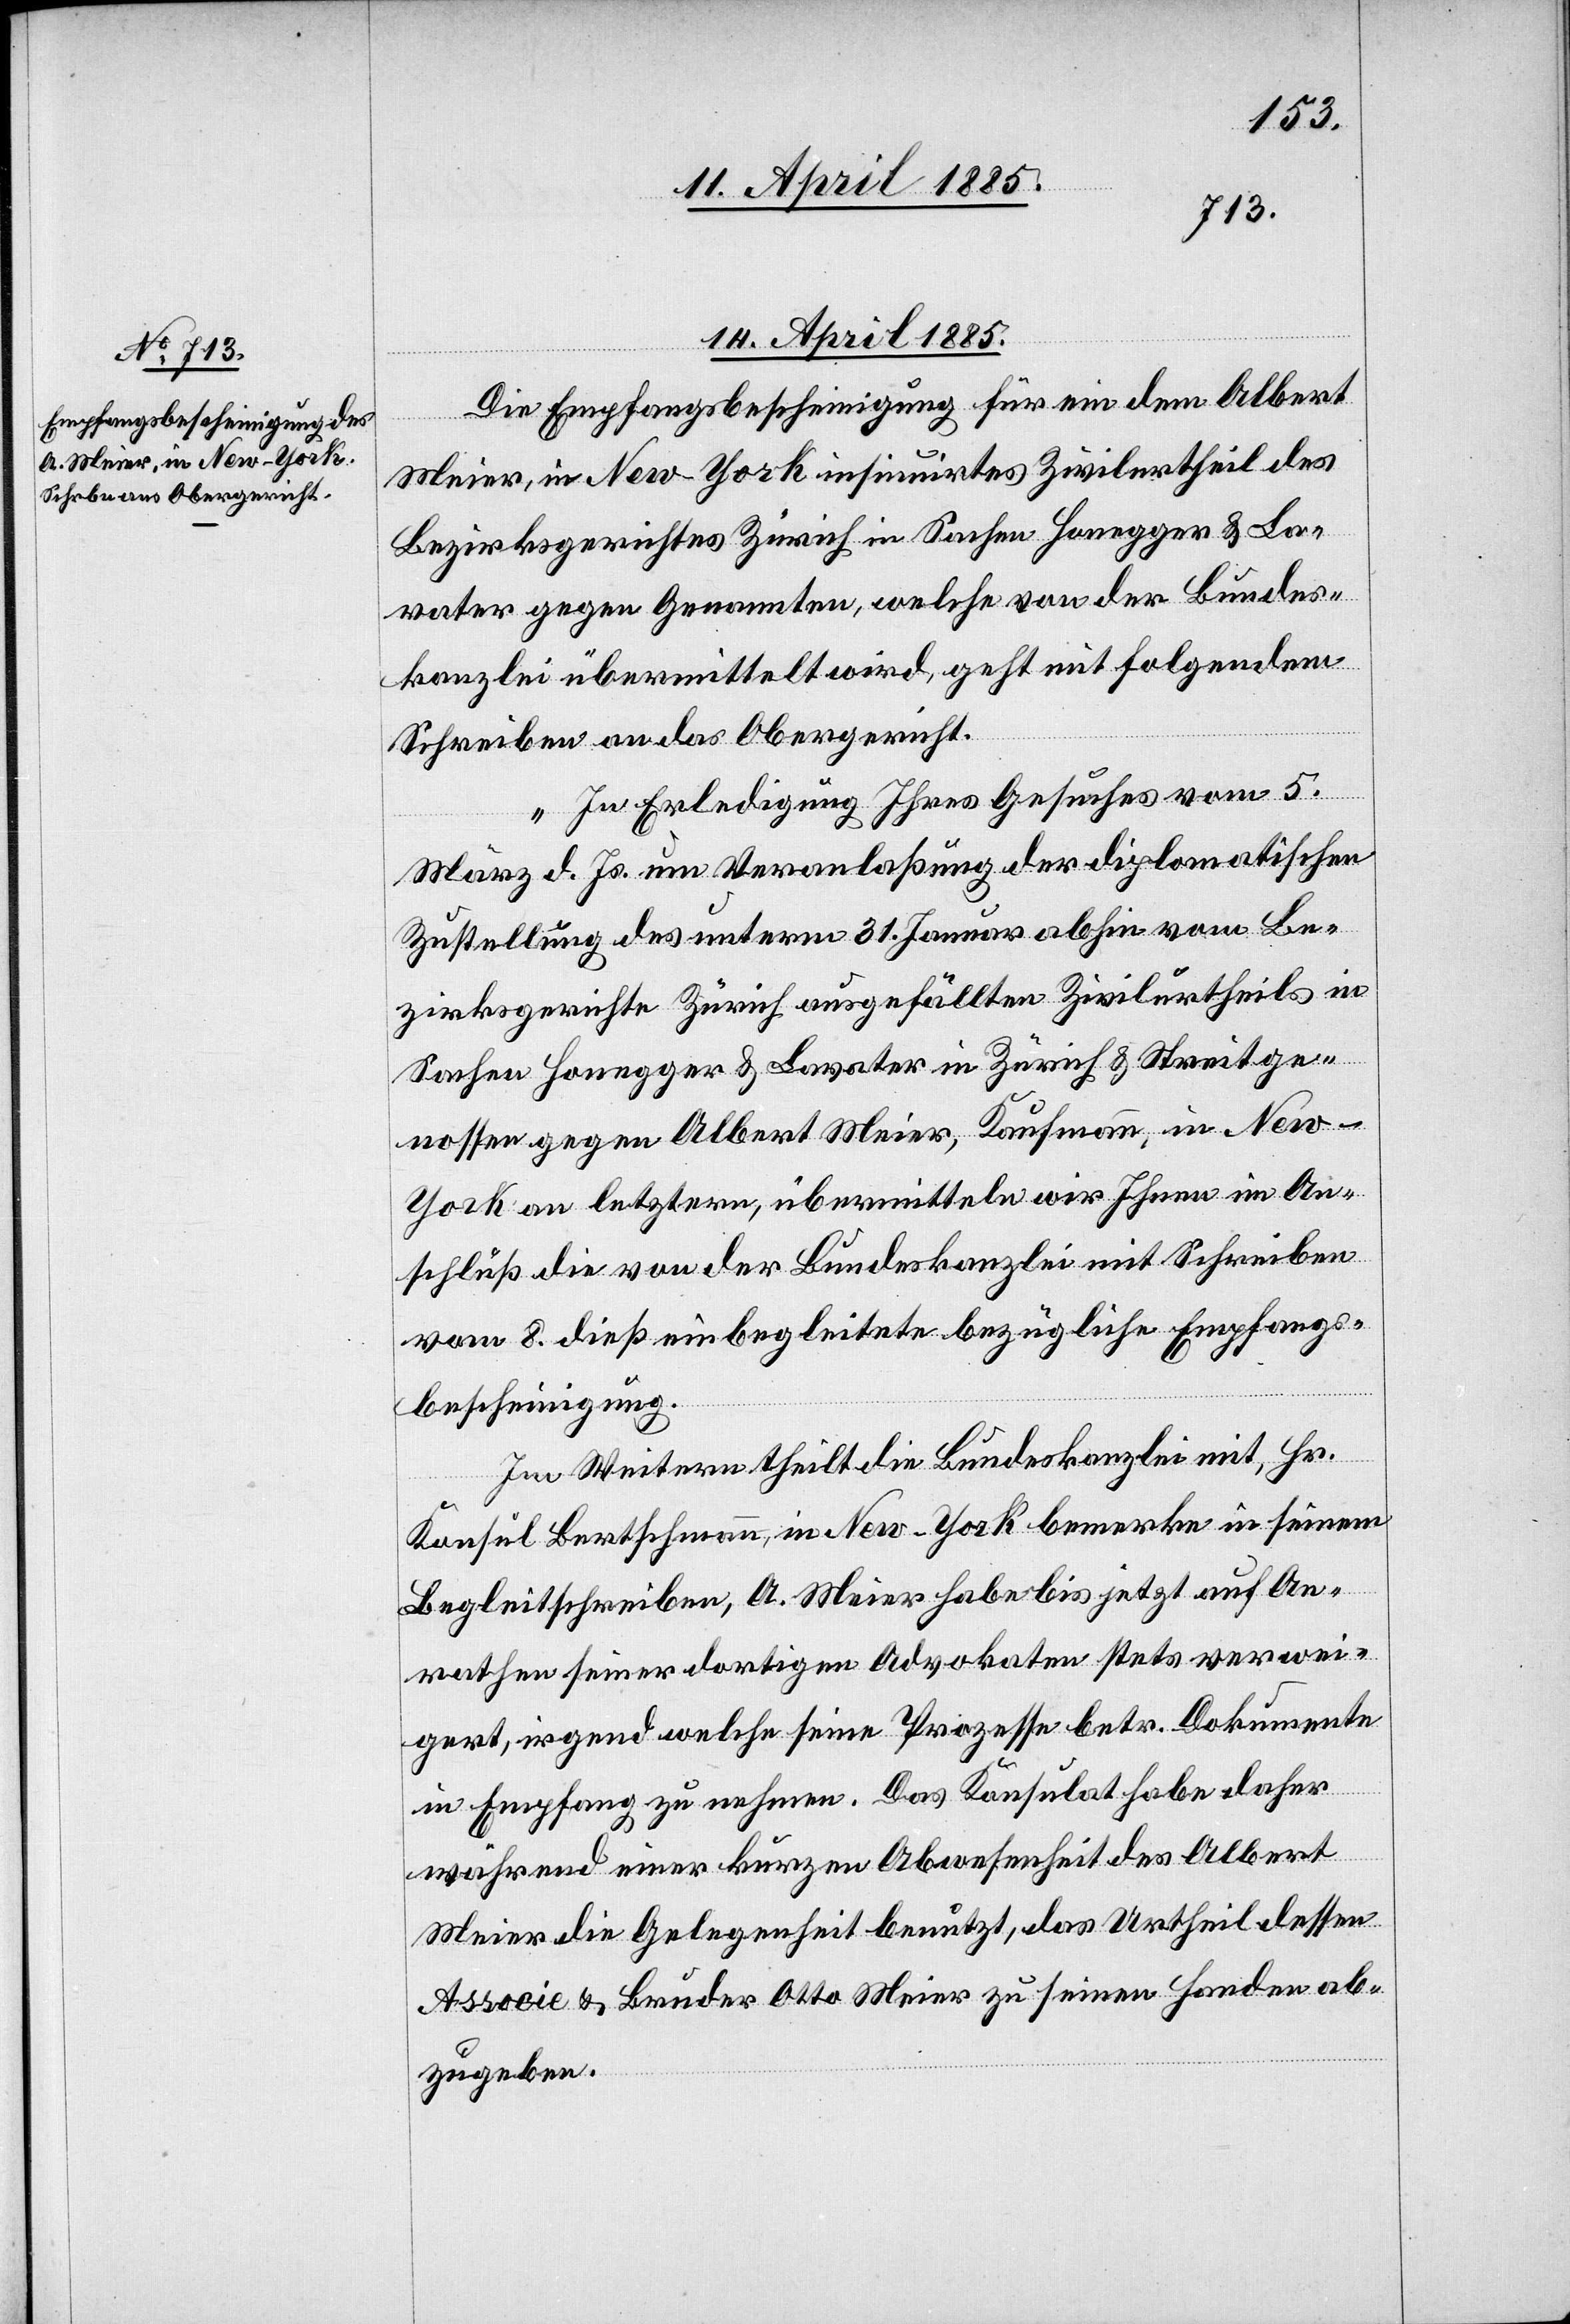
14. April 1885.
Die Empfangsbescheinigung für ein dem Albert
Meier, in New-York insinuirtes Zivilurtheil des
Bezirksgerichtes Zürich in Sachen Honegger & La¬
vater gegen Genannten, welche von der Bundes¬
kanzlei übermittelt wird, geht mit folgendem
Schreiben an das Obergericht.
„In Erledigung Ihres Gesuches vom 5.
März d. Js. um Veranlaßung der diplomatischen
Zustellung des unterm 31. Januar abhin vom Be¬
zirksgerichte Zürich ausgefällten Zivilurtheils in
Sachen Honegger & Lavater in Zürich & Streitge¬
nossen gegen Albert Meier, Kaufmann, in Ne¬
w-York an letztern, übermitteln wir Ihnen im An¬
schluß die von der Bundeskanzlei mit Schreiben
vom 8. dieß einbegleitete bezügliche Empfangs¬
bescheinigung.
Im Weitern theilt die Bundeskanzlei mit, Hr.
Konsul Bertschmann, in New-York bemerke in seinem
Begleitschreiben, A. Meier habe bis jetzt auf An¬
rathen seiner dortigen Advokaten stets verwei¬
gert, irgend welche seine Prozesse betr. Dokumente
in Empfang zu nehmen. Das Konsulat habe daher
während einer kurzen Abwesenheit des Albert
Meier die Gelegenheit benutzt, das Urtheil dessen
Associe & Bruder Otto Meier zu seinen Handen ab¬
zugeben.